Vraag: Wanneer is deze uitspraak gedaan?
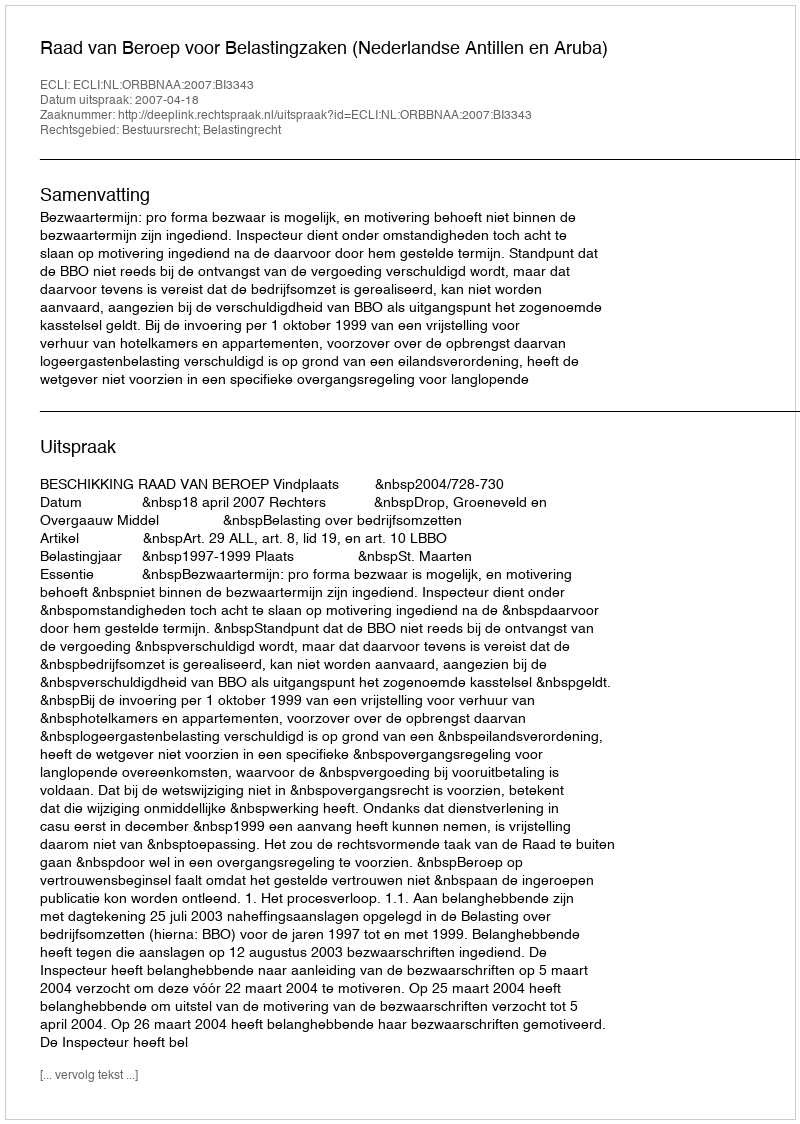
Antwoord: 2007-04-18